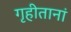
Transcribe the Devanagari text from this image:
गृहीतानां